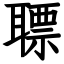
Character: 䏇